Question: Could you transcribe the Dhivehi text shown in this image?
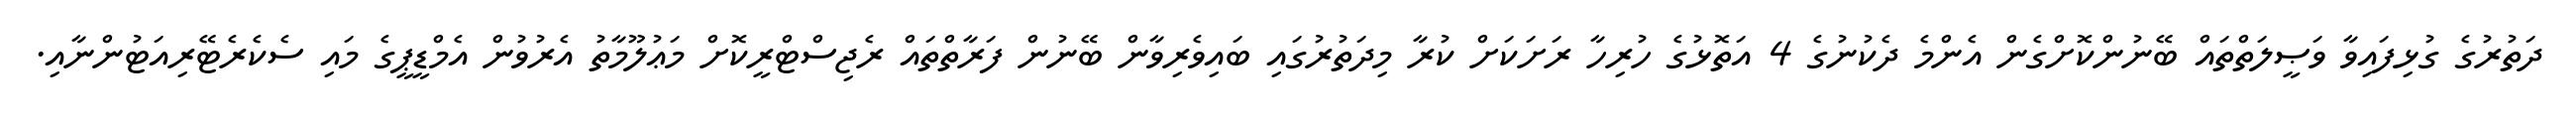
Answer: ދަތުރުގެ ގުޅިފައިވާ ވަޞީލަތްތައް ބޭނުންކޮށްގެން އެންމެ ދެކުނުގެ 4 އަތޮޅުގެ ހުރިހާ ރަށަކަށް ކުރާ މިދަތުރުގައި ބައިވެރިވާން ބޭނުން ފަރާތްތައް ރެޖިސްޓްރީކޮށް މަޢުލޫމާތު އެރުވުން އެމްޑީޕީގެ މައި ސެކެރެޓޭރިއަޓުންނާއި.